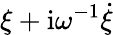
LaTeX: \xi+\mathrm{i}\omega^{-1}\dot{\xi}